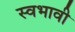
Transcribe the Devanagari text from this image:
स्वभावी